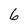
Character: 6